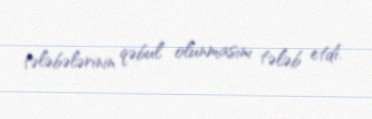
tələbələrinin qəbul olunmasını tələb etdi.